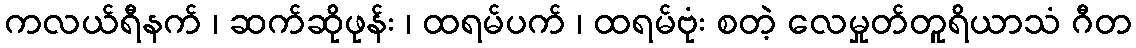
ကလယ်ရီနက် ၊ ဆက်ဆိုဖုန်း ၊ ထရမ်ပက် ၊ ထရမ်ဗုံး စတဲ့ လေမှုတ်တူရိယာသံ ဂီတ